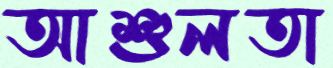
আশুলতা